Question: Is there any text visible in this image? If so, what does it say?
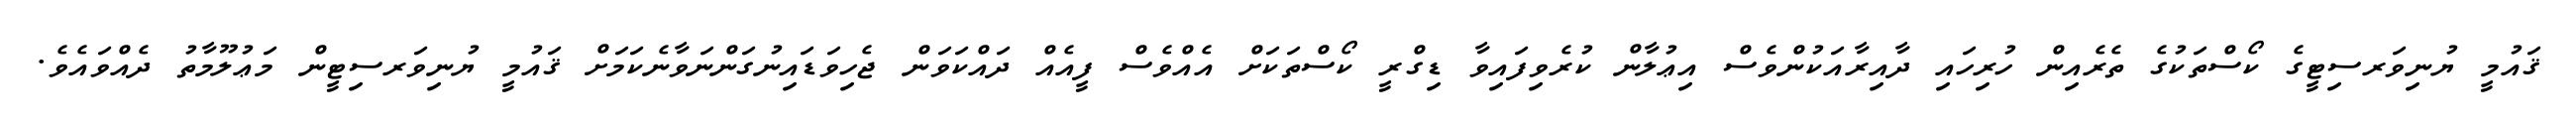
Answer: ޤައުމީ ޔުނިވަރސިޓީގެ ކޯސްތަކުގެ ތެރެއިން ހުރިހައި ދާއިރާއަކުންވެސް އިޢުލާން ކުރެވިފައިވާ ޑިގްރީ ކޯސްތަކަށް އެއްވެސް ފީއެއް ދައްކަވަން ޖެހިވަޑައިނުގަންނަވާނެކަމަށް ޤައުމީ ޔުނިވަރސިޓީން މަޢުލޫމާތު ދެއްވައެވެ.